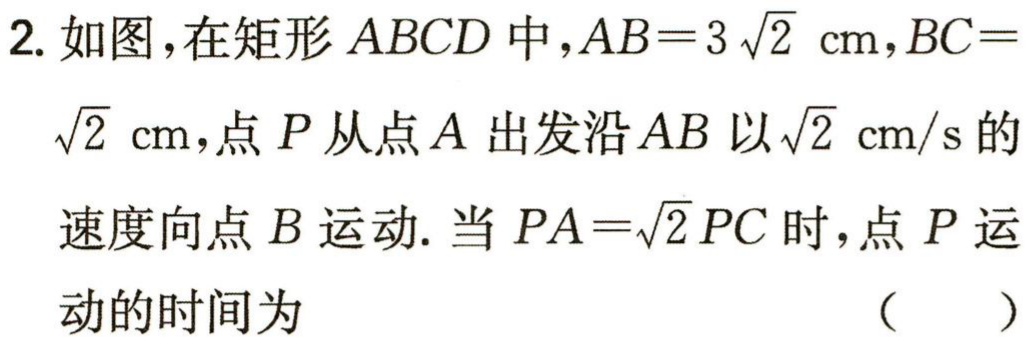
2. 如图，在矩形\(ABCD\)中，\(AB = 3\sqrt{2}\text{ cm}\)，\(BC = \sqrt{2}\text{ cm}\)，点\(P\)从点\(A\)出发沿\(AB\)以\(\sqrt{2}\text{ cm/s}\)的速度向点\(B\)运动. 当\(PA=\sqrt{2}PC\)时，点\(P\)运动的时间为 （  ）